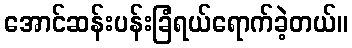
အောင်ဆန်းပန်းခြံရယ်ရောက်ခဲ့တယ်။